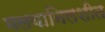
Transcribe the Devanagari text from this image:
मलयानिलशीत